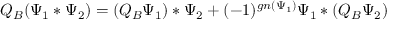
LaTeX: Q _ { B } ( \Psi _ { 1 } * \Psi _ { 2 } ) = ( Q _ { B } \Psi _ { 1 } ) * \Psi _ { 2 } + ( - 1 ) ^ { g n ( \Psi _ { 1 } ) } \Psi _ { 1 } * ( Q _ { B } \Psi _ { 2 } )